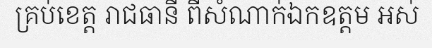
គ្រប់ខេត្ត រាជធានី ពីសំណាក់ឯកឧត្តម អស់